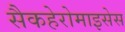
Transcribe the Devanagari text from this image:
सैकहेरोमाइसेस